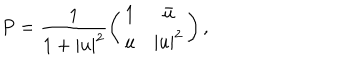
P = \frac { 1 } { 1 + | u | ^ { 2 } } \left( \begin{array} { c c } { { 1 } } & { { \bar { u } } } \\ { { u } } & { { | u | ^ { 2 } } } \\ \end{array} \right) ,